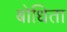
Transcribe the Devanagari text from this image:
बोधिता